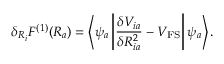
\delta _ { R _ { i } } F ^ { ( 1 ) } ( R _ { a } ) = \left< \psi _ { a } \left| \frac { \delta V _ { i a } } { \delta R _ { i a } ^ { 2 } } - V _ { \mathrm { F S } } \right| \psi _ { a } \right> .